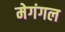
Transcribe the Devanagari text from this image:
मेगंगल